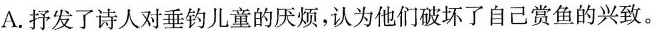
A.抒发了诗人对垂钓儿童的厌烦，认为他们破坏了自己赏鱼的兴致。